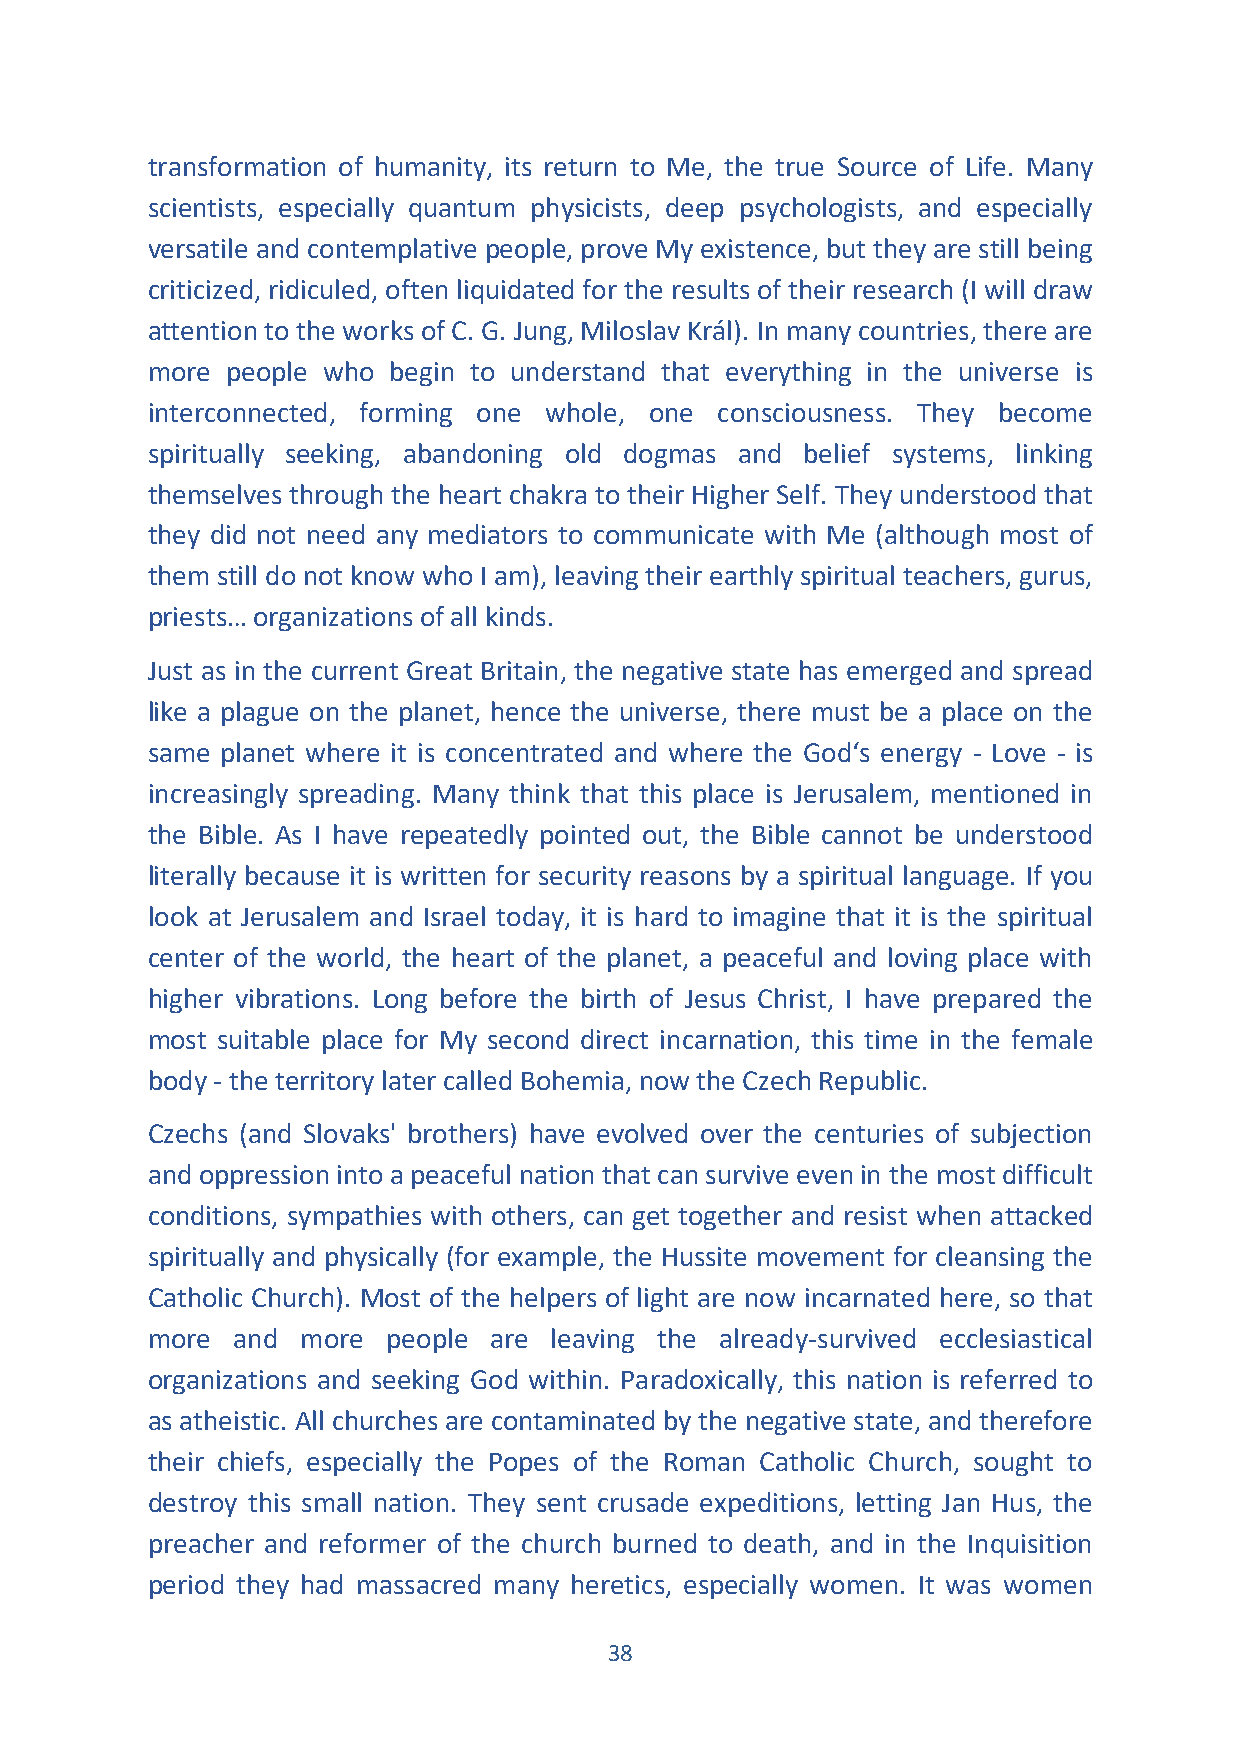
transformation of humanity, its return to Me, the true Source of Life. Many
 scientists, especially quantum physicists, deep psychologists, and especially
 versatile and contemplative people, prove My existence, but they are still being
 criticized, ridiculed, often liquidated for the results of their research (I will draw
 attention to the works of C. G. Jung, Miloslav Král). In many countries, there are
 more people who begin to understand that everything in the universe is
 interconnected, forming one whole, one consciousness. They become
 spiritually seeking, abandoning old dogmas and belief systems, linking
 themselves through the heart chakra to their Higher Self. They understood that
 they did not need any mediators to communicate with Me (although most of
 them still do not know who I am), leaving their earthly spiritual teachers, gurus,
 priests… organizations of all kinds.
 Just as in the current Great Britain, the negative state has emerged and spread
 like a plague on the planet, hence the universe, there must be a place on the
 same planet where it is concentrated and where the God‘s energy - Love - is
 increasingly spreading. Many think that this place is Jerusalem, mentioned in
 the Bible. As I have repeatedly pointed out, the Bible cannot be understood
 literally because it is written for security reasons by a spiritual language. If you
 look at Jerusalem and Israel today, it is hard to imagine that it is the spiritual
 center of the world, the heart of the planet, a peaceful and loving place with
 higher vibrations. Long before the birth of Jesus Christ, I have prepared the
 most suitable place for My second direct incarnation, this time in the female
 body - the territory later called Bohemia, now the Czech Republic.
 Czechs (and Slovaks' brothers) have evolved over the centuries of subjection
 and oppression into a peaceful nation that can survive even in the most difficult
 conditions, sympathies with others, can get together and resist when attacked
 spiritually and physically (for example, the Hussite movement for cleansing the
 Catholic Church). Most of the helpers of light are now incarnated here, so that
 more and  more  people are leaving the already-survived ecclesiastical
 organizations and seeking God within. Paradoxically, this nation is referred to
 as atheistic. All churches are contaminated by the negative state, and therefore
 their chiefs, especially the Popes of the Roman Catholic Church, sought to
 destroy this small nation. They sent crusade expeditions, letting Jan Hus, the
 preacher and reformer of the church burned to death, and in the Inquisition
 period they had massacred many heretics, especially women. It was women
 38